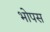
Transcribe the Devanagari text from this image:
भोपस